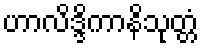
ဟာလိဒ္ဒိကာနိသုတ္တံ